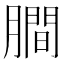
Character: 𬛖